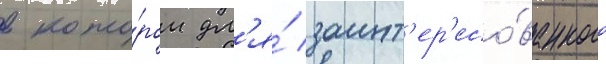
в кото́ром дл'я́ заинт'ер'есо́ванного